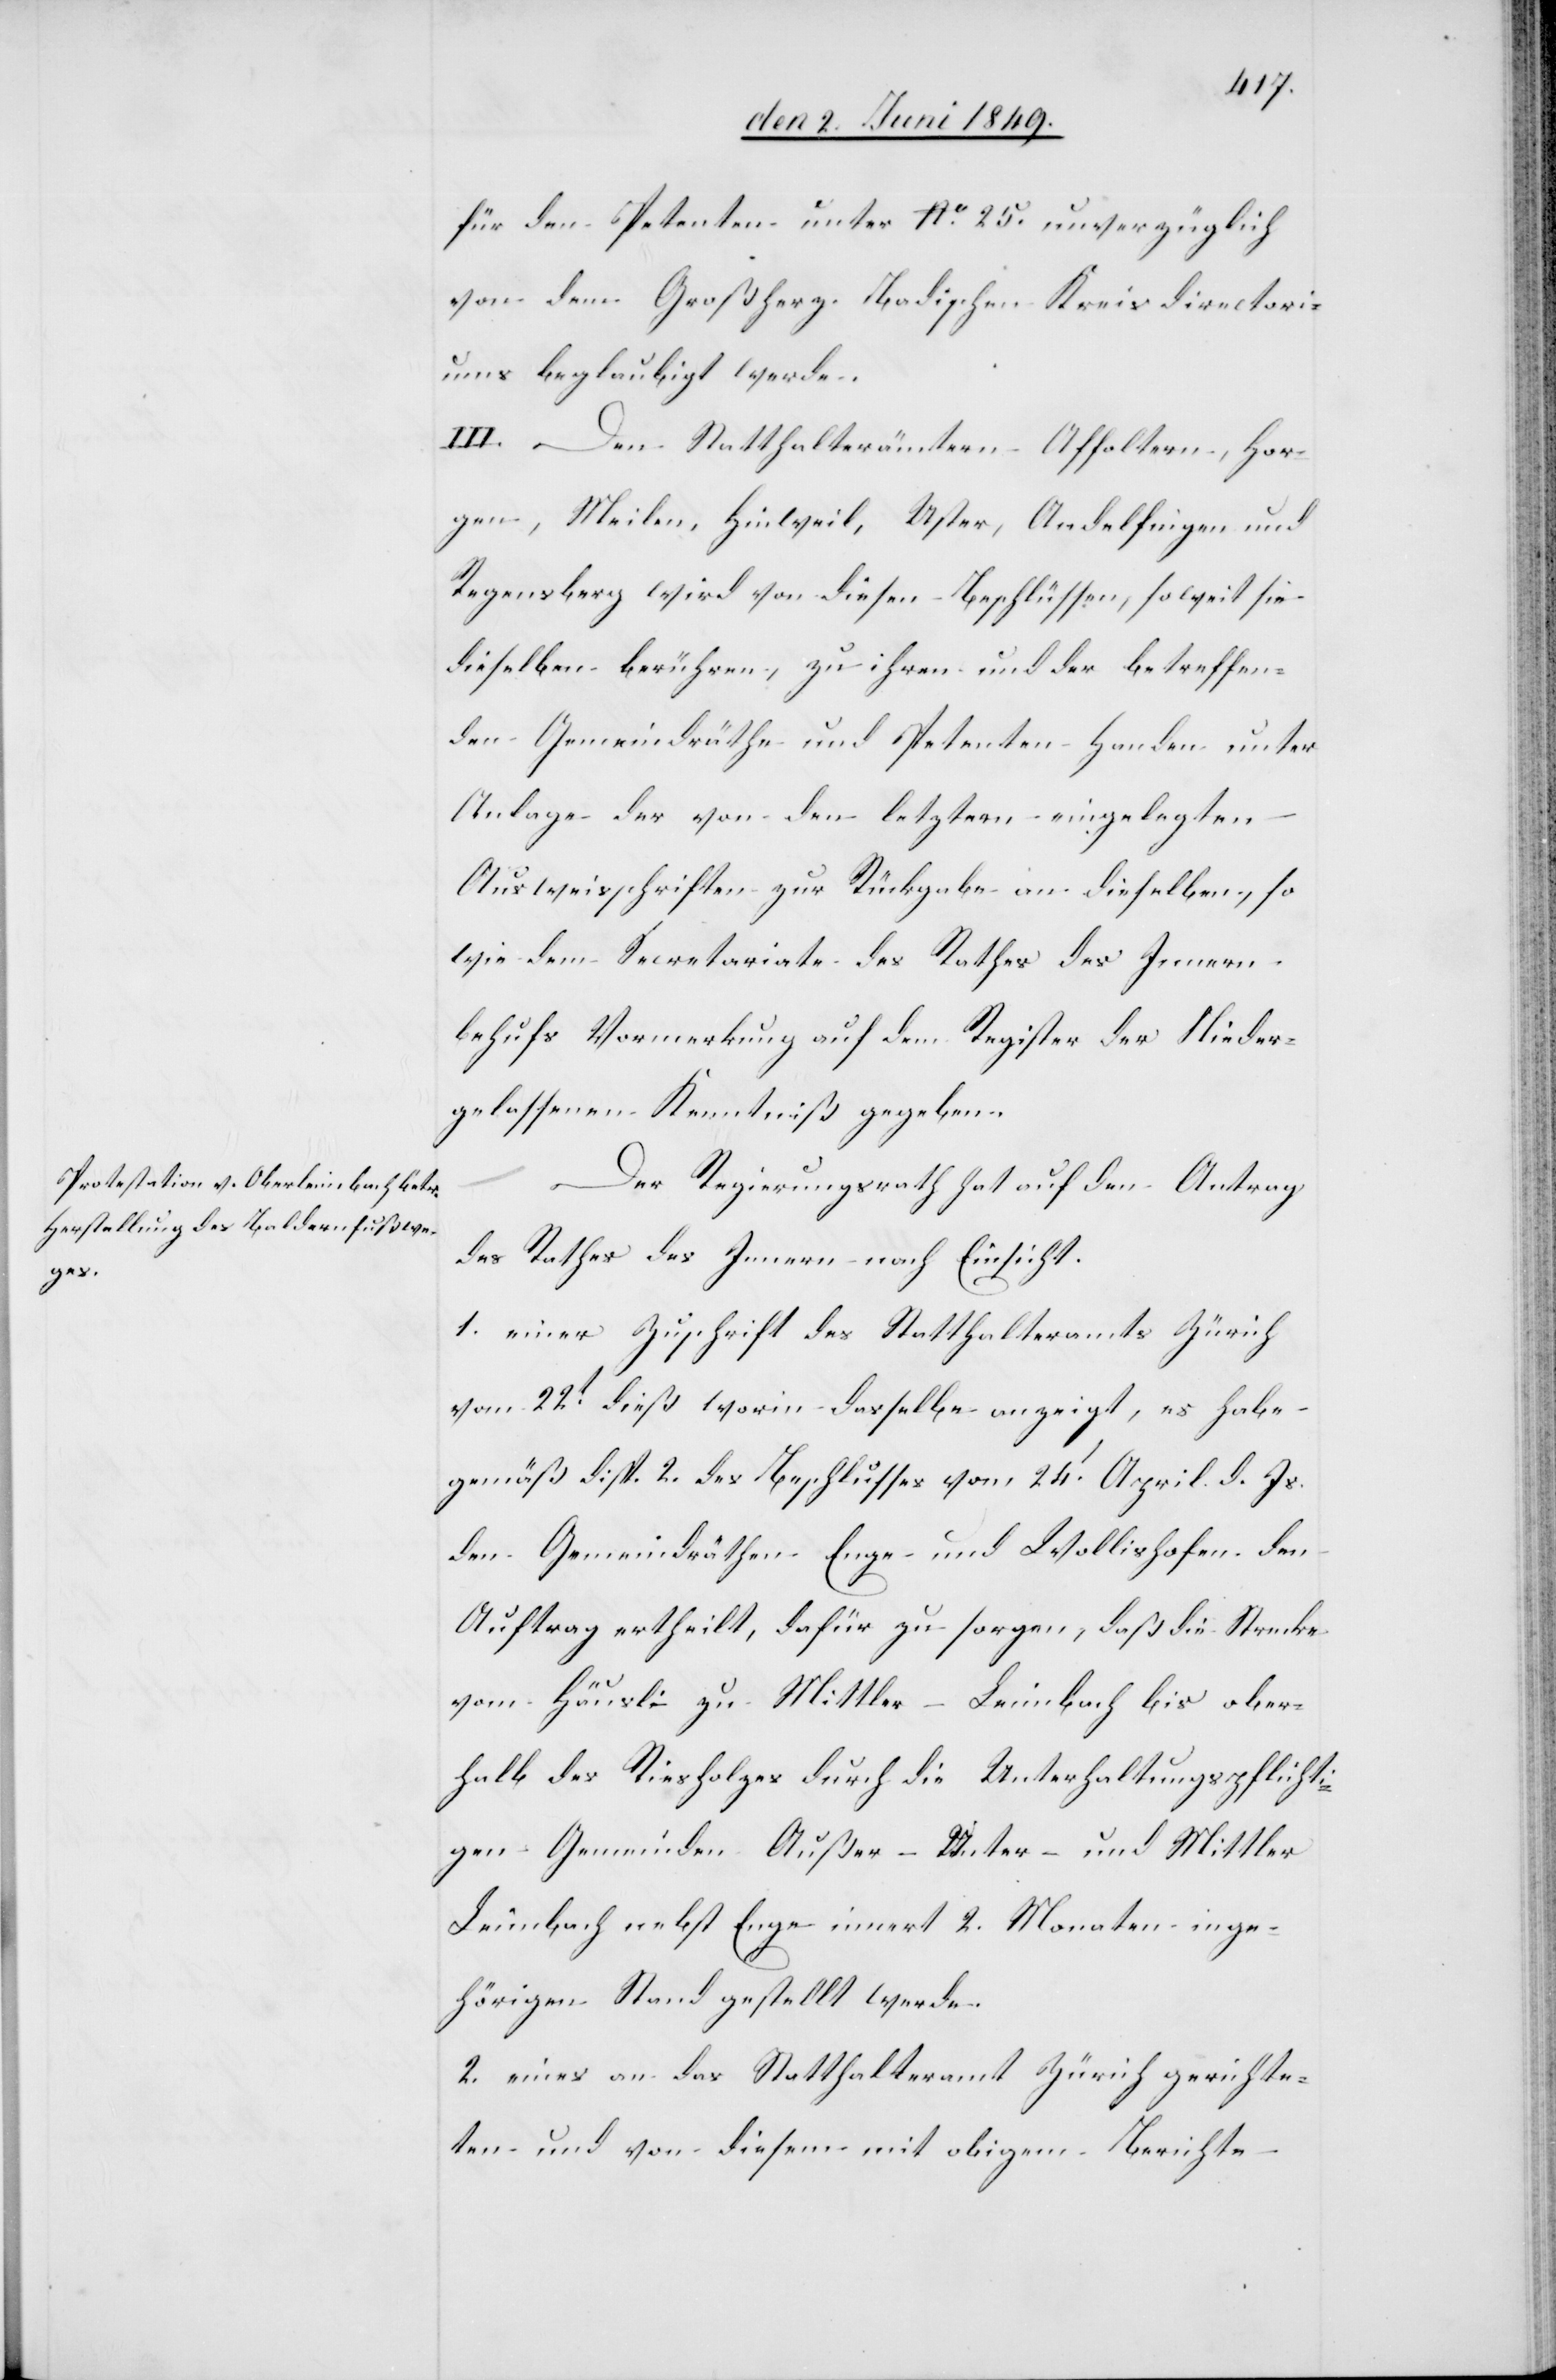
für den Petenten unter No 25. unverzüglich
von dem Großherz. Badischen Kreisdirectori¬
ums beglaubigt werde.
III. Den Statthalterämtern Affoltern, Hor¬
gen, Meilen, Hinweil, Uster, Andelfingen und
Regensberg wird von diesen Beschlüssen, soweit sie
dieselben berühren, zu ihren und der betreffen¬
den Gemeindräthe und Petenten Handen unter
Anlage der von den letztern eingelegten
Ausweisschriften zur Rückgabe an dieselben, so
wie dem Secretariate des Rathes des Innern
behufs Vormerkung auf dem Register der Nieder¬
gelassenen Kenntniß gegeben.
Der Regierungsrath hat auf den Antrag
des Rathes des Innern nach Einsicht.
1. einer Zuschrift des Statthalteramtes Zürich
vom 22t dieß worin dasselbe anzeigt, es habe
gemäß disp. 2. des Beschlusses vom 24. April d. Js.
den Gemeindräthen Enge und Wollishofen den
Auftrag ertheilt, dafür zu sorgen, daß die Strecke
vom Häusli zu Mittler-Leimbach bis ober¬
halb des Riesholzes durch die Unterhaltungspflichti¬
gen Gemeinden Außer- Unter- und Mittler
Leimbach nebst Enge innert 2. Monaten in ge¬
hörigen Stand gestellt werde.
2. eines an das Statthalteramt Zürich gerichte¬
ten und von diesem mit obigem Berichte